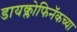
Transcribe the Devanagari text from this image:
डायक्लोफिनॅकच्या